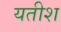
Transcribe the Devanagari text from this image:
यतीश